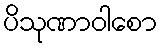
ပိသုဏာဝါစော